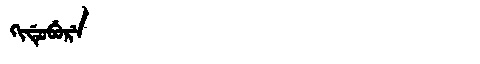
Manchu: ᡴᡳᡩᡠᠪᡠᡵᡝ
Romanization: KIDUBURE